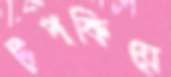
টপকিয়ে